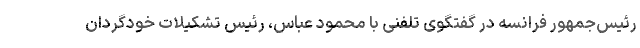
رئیس‌جمهور فرانسه در گفتگوی تلفنی با محمود عباس، رئیس تشکیلات خودگردان